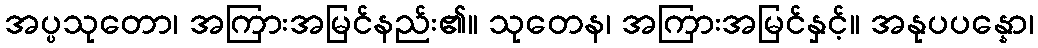
အပ္ပသုတော၊ အကြားအမြင်နည်း၏။ သုတေန၊ အကြားအမြင်နှင့်။ အနုပပန္နော၊